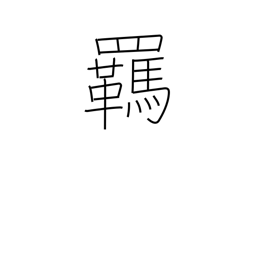
Meaning: reins